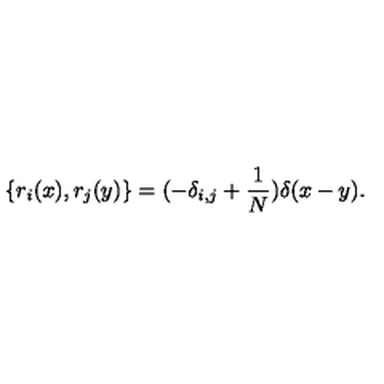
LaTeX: \{ r _ { i } ( x ) , r _ { j } ( y ) \} = ( - \delta _ { i , j } + \frac { 1 } { N } ) \delta ( x - y ) .